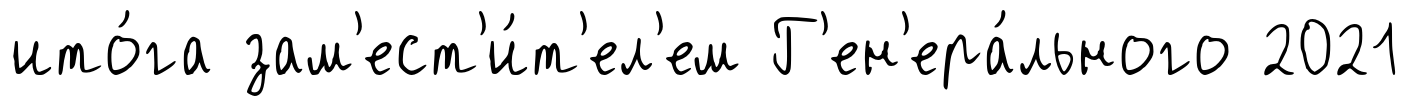
ито́га зам'ест'и́т'ел'ем Г'ен'ера́льного 2021